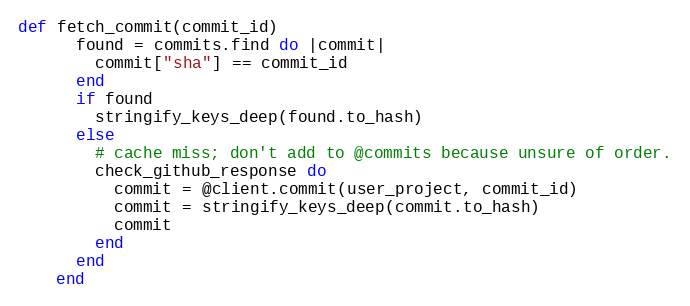
Language: Ruby
def fetch_commit(commit_id)
      found = commits.find do |commit|
        commit["sha"] == commit_id
      end
      if found
        stringify_keys_deep(found.to_hash)
      else
        # cache miss; don't add to @commits because unsure of order.
        check_github_response do
          commit = @client.commit(user_project, commit_id)
          commit = stringify_keys_deep(commit.to_hash)
          commit
        end
      end
    end